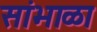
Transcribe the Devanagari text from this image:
सांभाळा